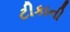
ટીકાની